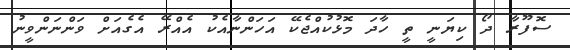
ސޮފޫރާ ދޯ ކިޔަނީ ތީ ހާދަ މޮޅުކުއްޖެކޭ އަހަންނާއެކު އެއްރޭ އެގެއަށް ވަންނަންވީނު